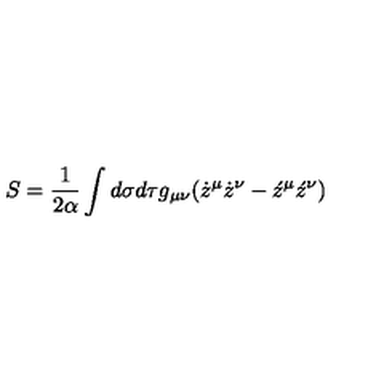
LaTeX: S = \frac 1 { 2 \alpha } \int d \sigma d \tau g _ { \mu \nu } ( \dot { z } ^ { \mu } \dot { z } ^ { \nu } - \acute { z } ^ { \mu } \acute { z } ^ { \nu } )